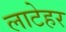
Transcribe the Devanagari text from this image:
लाटेहर